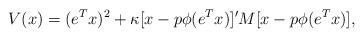
LaTeX: \begin{align*} V(x) = (e^Tx)^2 + \kappa[x-p \phi(e^Tx)]' M [x-p \phi(e^Tx)],\end{align*}